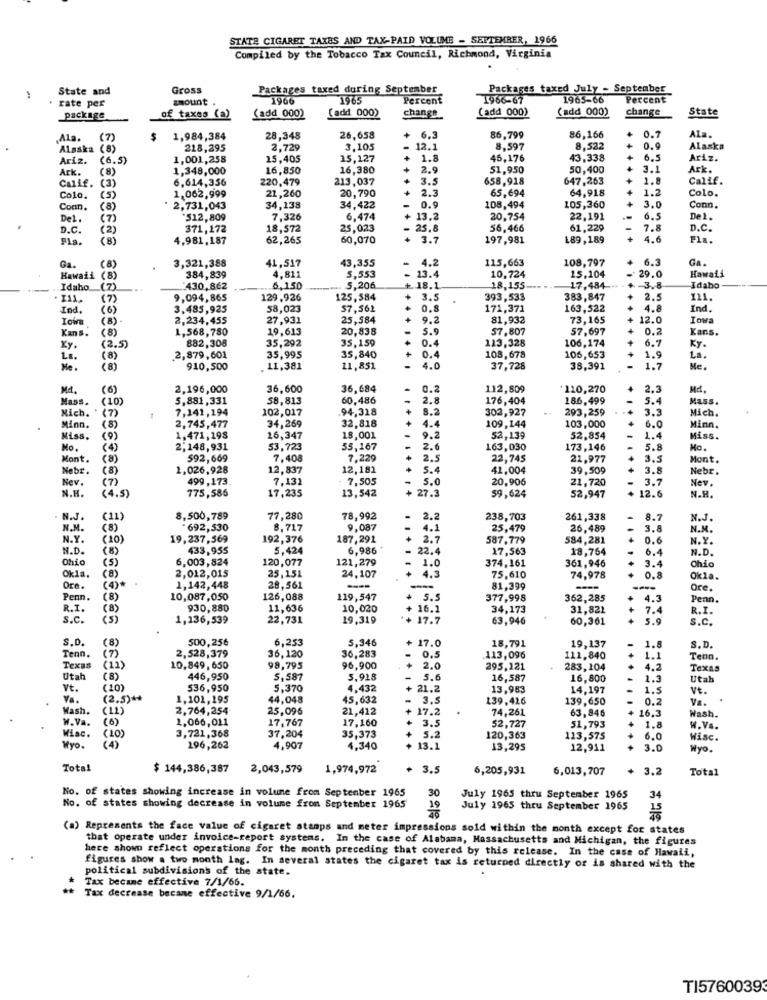
STATE CIGARET TAXES AND TAX-PAID VOLUME - SEPTEMBER, 1966
Compiled by the Tobacco Tax Council, Richmond, Virginia
State and
Gross
Packages taxed during September
Packages taxed July - September
rate per
amount
1965
Percent
1966-67
1965-66
Percent
(add 000)
(add 000)
change
State
package
of taxes (a)
(add 000)
(add 000)
change
Ala.
( 7 )
1,984,384
28,348
26,658
+
6.3
86,799
86,166
0.7
Ala.
Alaska (8)
218,295
2,729
3,105
12.
8,597
8,522
0.9
Alaska
Ariz.
( 6.5)
1,001,258
15,405
15,127
1 +
1.8
46,176
43,338
6.5
Ariz.
Ark.
(8)
1,348,000
16,850
16,380
+
2.9
51,950
50,400
3.1
Ark.
Calif.
6,614,356
213,037
3.5
658,918
647,263
1.8
Calif.
(3)
220,479
+
2.3
65,694
64,918
1.2
Colo.
Colo.
(5)
1.062,999
21,260
20,790
Conn.
(8)
2,731,043
34,138
34,422
-
0.9
108,494
105,360
3.0
Conn.
Del
(7)
*512,809
7,326
6,474
+ 13.2
20,754
22,191
6.5
De 2.
D.C.
(2)
371,172
18,572
25,02
25.8
56,466
61,229
7.8
D.C.
Pla.
(8)
4,981,187
62,265
60,070
+ 3.7
197,981
189,189
+
4.6
Fla.
3,321,388
41,517
43,355
4.2
115,663
108,797
6.3
Ga.
Ga.
(8)
4,811
29.0
Hawaii (8)
384,839
5,553
13.4
10,724
15,104
Hawaii
Idaho
(7)
430,862
6,150
5,206
18.1
18,155
17.484
-3.8
Idaho
(7)
9,094,865
129,926
125,584
3.5
393,533
383,847
2.5
111.
Ind.
(6)
3,485,925
58,023
57,562
+
+ 4
0.8
171,371
163,522
+
4.8
Ind.
(8) -
2,234,455
27,931
25,584
+
9.2
81,932
73,165
12.0
Iowa
Kans.
(8)
1,568,780
19,613
20,838
5.9
57,807
57,697
+
0.2
Kans.
882,308
113,328
106,174
6.7
Xy.
(2.5)
35,292
35,159
0.4
Ky.
La.
(8)
2,879,601
35,995
35,840
+
0.4
108,678
106,653
+
1.9
La.
Me.
(8)
910,500
. 11,381
11,851
4.0
37,728
38,391
1.7
Me.
Md.
(6)
2,196,000
36,600
36,684
.
0.2
112,809
110,270
2,3
Md.
Mass.
(10)
5,881,331
58,813
60,486
2.8
176,404
186,499
5.4
Mass.
7,141,194
102,017
94,318
8.2
302,927
293,259
Mich.
Mich. "(7)
32,818
+
Minn.
(8)
2,745,477
34,269
4.4
109,144
103,000
6.0
Minn.
Miss.
(9)
1,471,198
16,347
18,001
9.2
52,139
52,854
1.4
Miss.
Mo.
(4)
2,148,931
53,723
35,167
2.6
163,030
173,146
5.8
No.
Mont.
(8)
592,669
7.408
7,229
+ 2.5
22,745
21,977
Mont
Nebr.
1,026,928
12,837
12,181
5.4
41,004
39,509
+
3.8
Nebr.
Nev.
499,173
7,13
7,505
5.0
20,906
21,720
-
3.7
Nev.
N.H.
(7)
(4.5)
775,586
17,235
13,542
27.3
59,624
52,947
12.6
N.H.
N.J.
(11
8,500,789
77,280
78,992
2.2
238,703
261,338
8.7
N.J.
N.M.
(8)
*692,530
8,717
9,087
4.1
25,479
26,489
3.8
N.M.
N.Y.
(10)
19,237,569
192,376
187,291
2.7
587,779
584,281
0.6
N.Y.
N.D.
433,955
5.424
6,986
- 22.4
17,563
18,764
6.4
N.D.
Ohio
(8)
6,003,824
120,077
121,279
1.0
374,161
361,946
3.4
Chio
(5)
Okla.
2,012,015
25,151
24,107
4.3
75,610
74,978
0.8
Okla.
Oce.
(4)*
1,142,448
28,561
---
81,399
---
Ore.
Penn.
( 8)
10,087,050
126,088
119,547
+ 5.5
377,998
362,285
4.3
Penn.
R.I.
(8)
930,880
11,636
10,020
+ 16.2
34,173
31,821
+
7.4
R.I.
s.c.
(5)
1,136,539
22,731
19,319
. 17.7
63,946
60,361
+
5.9
S.c.
S.D.
500,256
6,25
5,346
17.0
1.5
2,528,379
18,791
19,137
S.D.
Tenn.
36,120
36,283
0.5
113,096
111,840
1.1
Tenn.
Texas
(11)
10,849, 650
98,795
96,900
+ 2.0
295,121
283,104
4.2
Texas
Utah
(8)
446,950
5.58
5.928
5.6
16,587
16,800
1.3
Utah
Vt.
(10)
536,950
5,370
4,432
21,2
13,983
14,197
1.5
Vt.
Va.
(2.5) **
1,101,195
44,048
45,632
- 3.5
139,416
139,650
0.2
Va.
Wash.
(11)
2,764,254
25,096
21,412
17.2
74,261
63,846
16.3
W.Va.
(6)
1.066,011
17,767
17,160
3.5
Wash.
3,721,368
52,727
51,793
+
1.8
W.Va.
Wisc.
( 10)
37,204
35,373
+ 5.2
120,363
113,575
6.0
Wisc.
Myo.
(4)
196,262
4,907
4,340
+ 13.1
13,295
12,911
+
3.0
Nyo.
Total
$ 144,386,387
2,043,579
1,974,972
+ 3.5
6,205,931
6,013,707
3.2
Total
No. of states showing increase in volume from September 1965
30
July 1965 thru September 1965
34
No. of states showing decrease in volume from September 1965
19
July 1965 thru September 1965
(a) Represents the face value of cigaret stamps and meter impressions sold within the month except for states
that operate under invoice-report systems. In the case of Alabama, Massachusetts and Michigan, the figures
here shown reflect operations for the month preceding that covered by this release. In the case of Hawaii,
political subdivisions of the state.
figures show a two month lag. In several states the cigaret tax is returned directly or is shared with the
Tax became effective 7/1/66.
Tax decrease became effective 9/1/66.
TI5760039